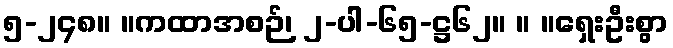
၅-၂၄၈။ ။ကထာအစဉ်၊ ၂-ပါ-၆၅-ဋ္ဌ၆၂။ ။ ။ရှေးဦးစွာ